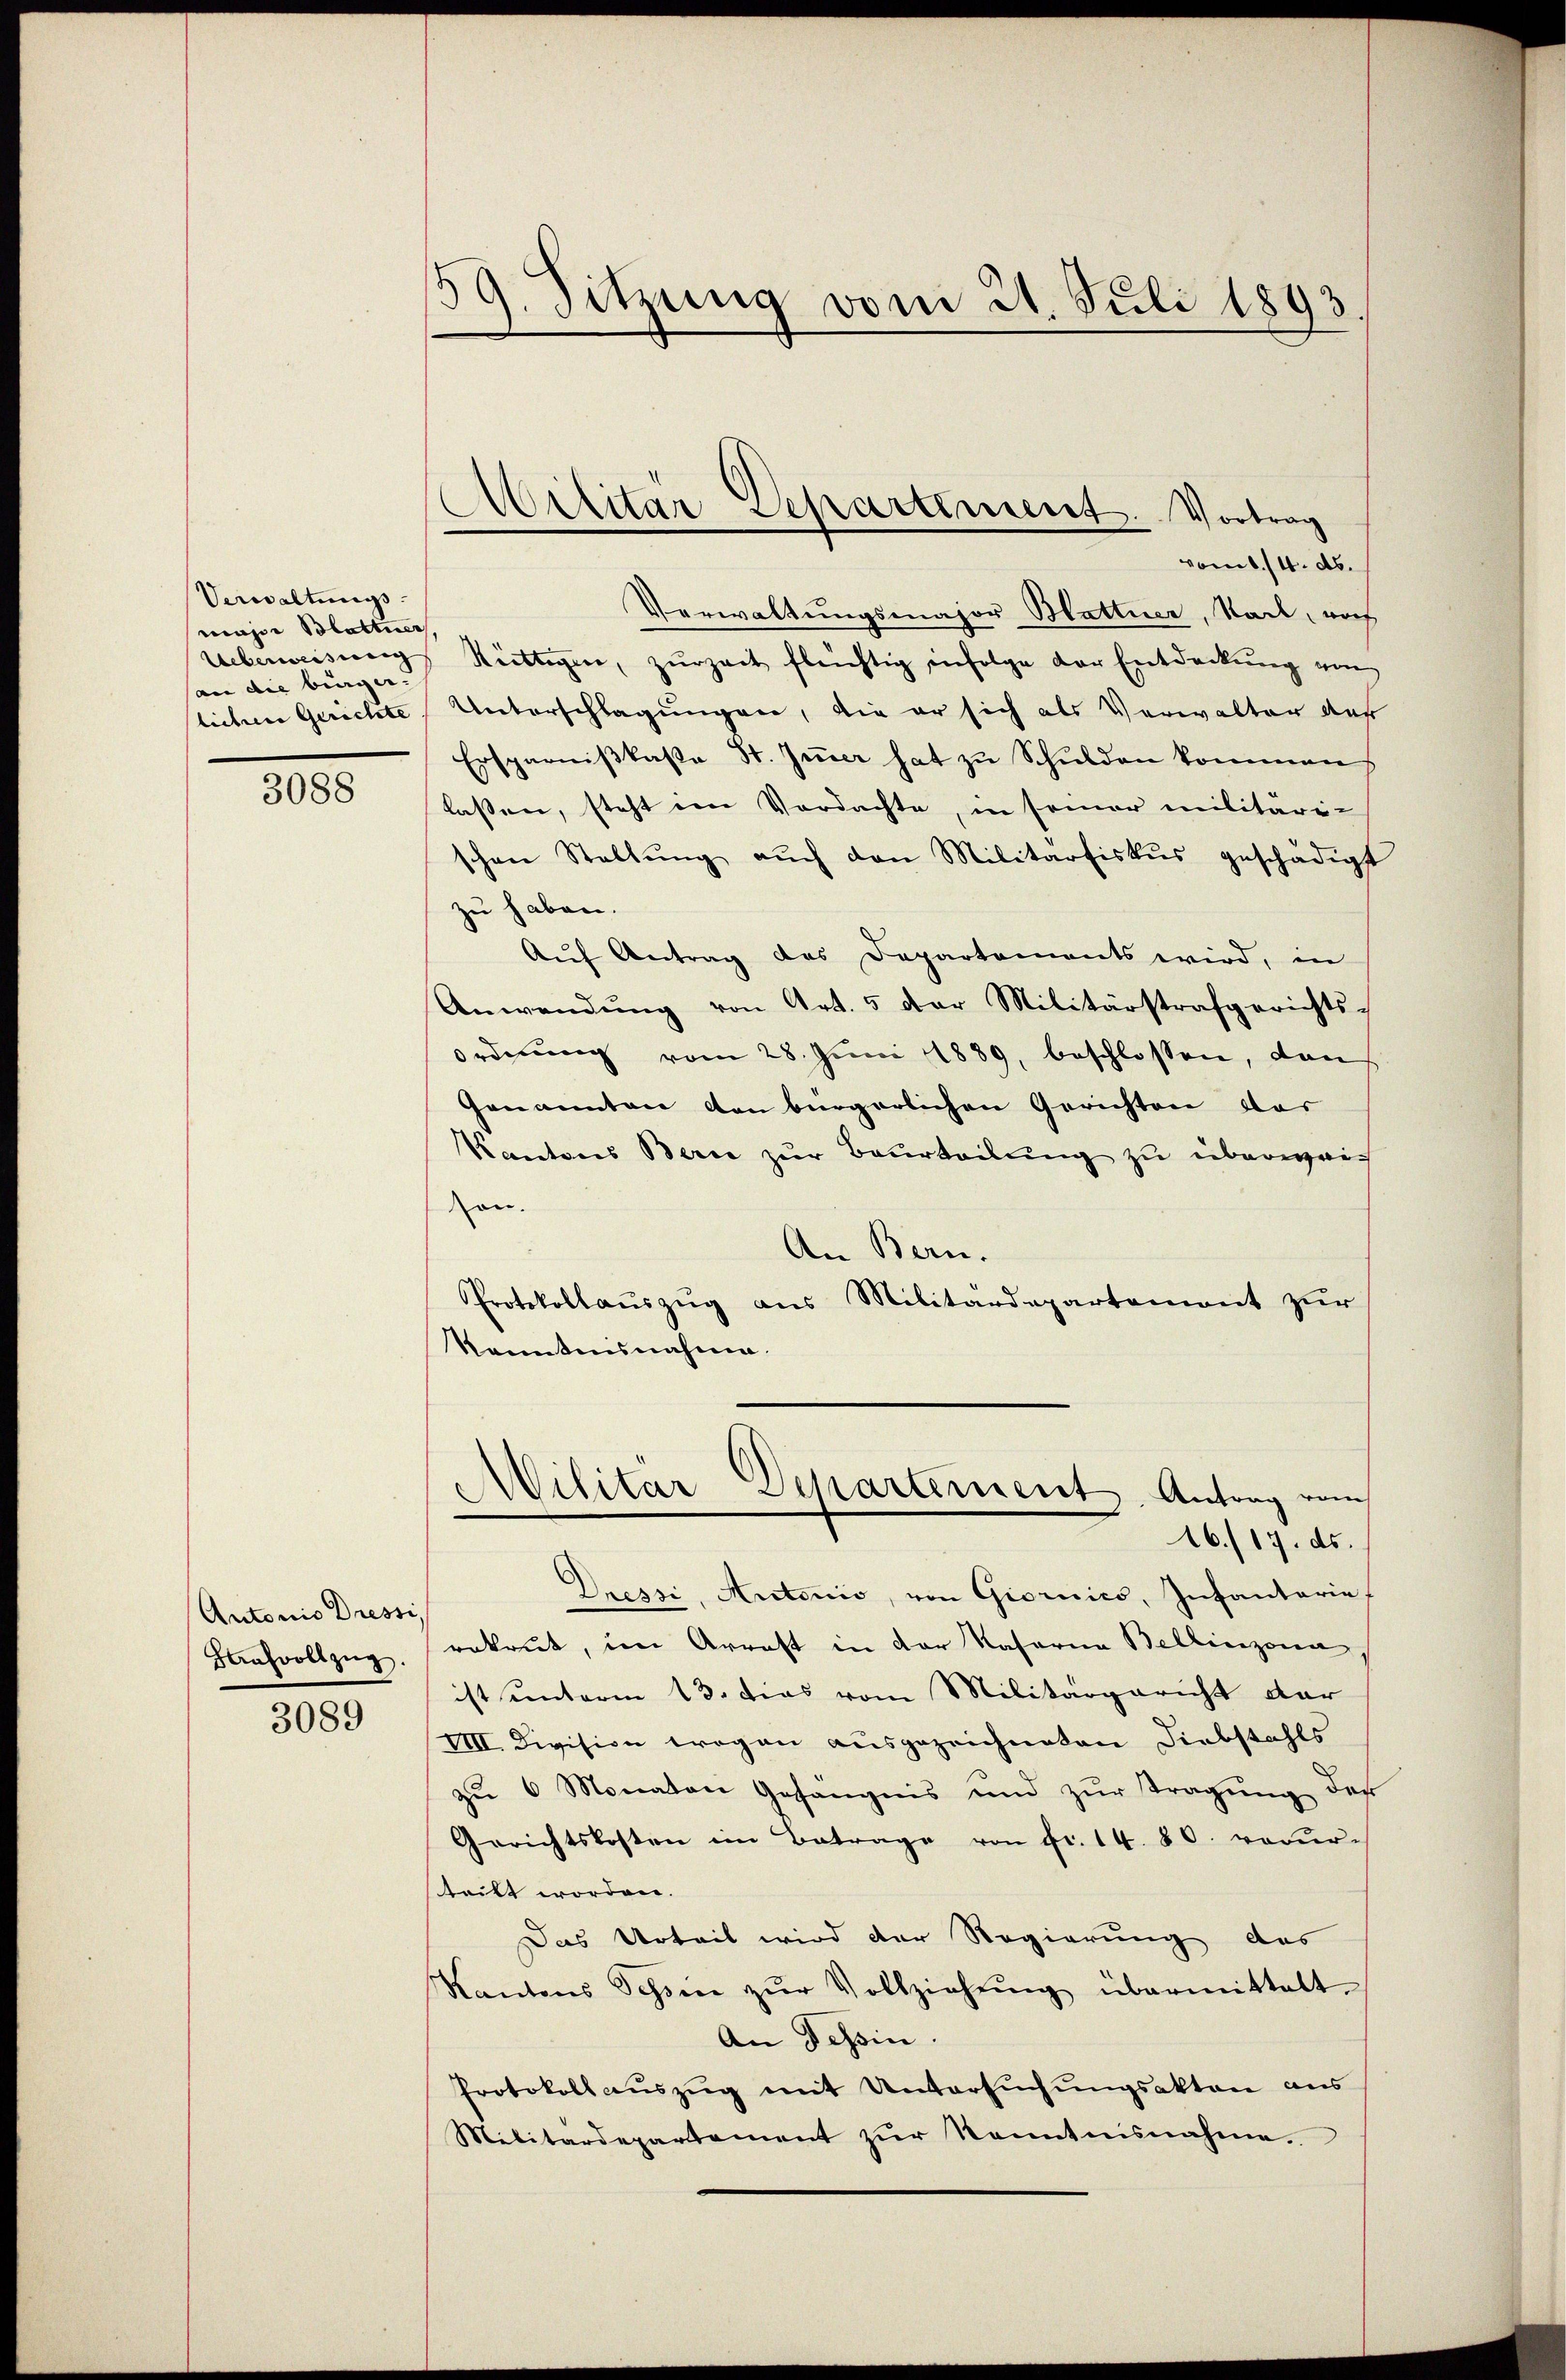
Verwaltungs-
major Blattner
Ueberweisung
an die binger. |
lichen Gerichte

3088

Antonis Dressi
Kaufvollzŭg.

3089

59. Sitzung vom 21. Juli 1893

Militar Separtiment. Vortrag
vom 8./4. ds.

Verwaltungsmajor Mattier, Stadt, noch
Rättigen, zŭrzeit flüchtig infolge der Entdeckŭng am
Unterschlagungen, die er sich als Verwalter des
Ersparniβkaste St. Gier hat zu Schulden kommen
laßen, steht im Verdachte, in seiner militäri-
schen Stellŭng aŭch den Militartiskŭs geschädigt
zu haben.
Aŭf Antrag des Departements wird, in
Anwendŭng von Art. 5 der Militärstrafgerichts-
ordnung vom 28. Juni 1889, beschlossen, dan
Genannten den bürgerlichen Gerichten das
Kantons Bern zur Beurteilung zu überweich
on.
An Bern.
Protokollauszug aus Militärdepartement zur
Kenntnisnahme.
Militär Departement. Antrag vom
16./17. ds.
Dressi, Antonio, von Giornics, Infantarie
rekrut, im Arrest in der Nasorna Bellinzona
ist unterm 13. Das vom Militärgericht dar
VIII. Division wegen ausgezeichneten Diebstahls
zu 6 Monaten Gefängnis und zur Tragung des
Gerichtskosten im Betrage von Fr. 14. 80. verŭr-
steilt worden.
Das Urteil wird der Regierung des
Kantons Schin zŭr Vollziehŭng übermittelt.
An Tessin
Protokoll aŭszŭg mit Untersŭchŭngsakten aus
Militärdepartement zŭr Kenntnisnahme.